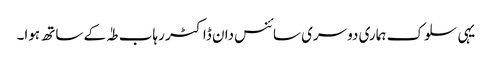
یہی سلوک ہماری دوسری سائنس دان ڈاکٹر رہاب طہٰ کے ساتھ ہوا۔